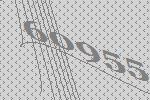
60955